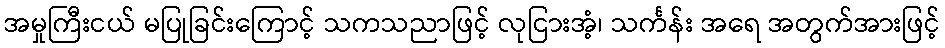
အမှုကြီးငယ် မပြုခြင်းကြောင့် သကသညာဖြင့် လုငြားအံ့၊ သင်္ကန်း အရေ အတွက်အားဖြင့်